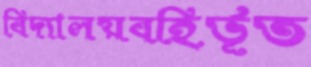
বিদ্যালয়বহির্ভূত